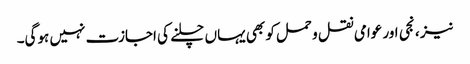
نیز ، نجی اور عوامی نقل و حمل کو بھی یہاں چلنے کی اجازت نہیں ہوگی۔